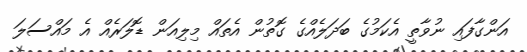
އަންގާފައި ނުވާތީ އެކަމުގެ ބަދަލެއްގެ ގޮތުން އެތައް މިލިއަން ޑޮލަރެއް އެ މައްސަލަ